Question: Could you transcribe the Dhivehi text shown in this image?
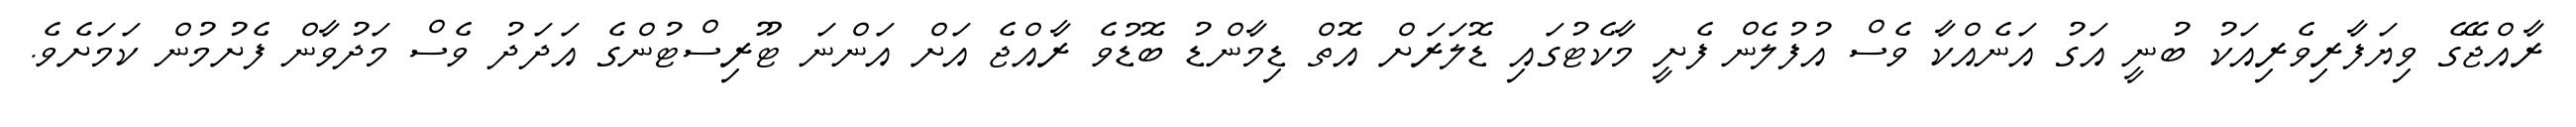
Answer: ރާއްޖޭގެ ވިޔަފާރިވެރިއަކު ބުނީ އަގު އަނެއްކާ ވެސް އުފުލެން ފެށީ މާކެޓުގައި ޑޮލަރަށް އޮތް ޑިމާންޑު ބޮޑުވެ ރާއްޖެ އަށް އަންނަ ޓޫރިސްޓުންގެ އަދަދު ވެސް މަދުވާން ފެށުމުން ކަމަށެވެ.